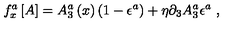
f _ { x } ^ { a } \left[ A \right] = A _ { 3 } ^ { a } \left( x \right) \left( 1 - \epsilon ^ { a } \right) + \eta \partial _ { 3 } A _ { 3 } ^ { a } \epsilon ^ { a } \ ,